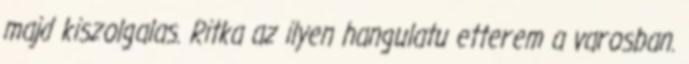
majd kiszolgalas. Ritka az ilyen hangulatu etterem a varosban.